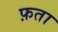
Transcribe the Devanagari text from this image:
फ़ता